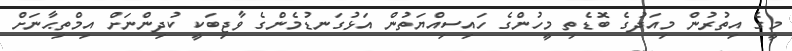
މީގެ އިތުރުން މިއަދުގެ ބޮޑެތި މީހުންގެ ހައިސިއްޔަތުން އަޅުގަނޑުމެންގެ ވާޖިބަކީ ކުދިންނަށް އިމްތިޙާނަށް